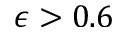
\epsilon > 0 . 6